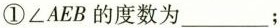
①∠AEB的度数为___；